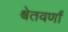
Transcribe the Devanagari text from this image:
श्वेतवर्णां